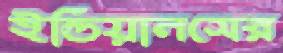
ইন্ডিয়ানসের